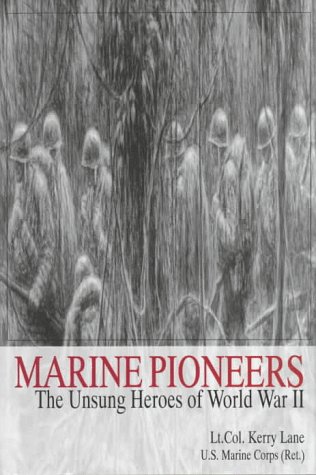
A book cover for Marine Pioneers: The Unsung Heroes of World War II (Schiffer Military/Aviation History); Ret.); History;